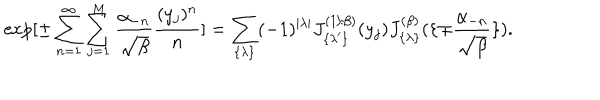
\exp [ \pm \sum _ { n = 1 } ^ { \infty } \sum _ { j = 1 } ^ { M } { \frac { \alpha _ { - n } } { \sqrt { \beta } } } { \frac { ( y _ { j } ) ^ { n } } { n } } ] = \sum _ { \{ \lambda \} } ( - 1 ) ^ { | \lambda | } J _ { \{ \lambda ^ { \prime } \} } ^ { ( 1 / \beta ) } ( y _ { j } ) J _ { \{ \lambda \} } ^ { ( \beta ) } ( \{ \mp { \frac { \alpha _ { - n } } { \sqrt { \beta } } } \} ) .